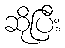
ဆိုပြီး